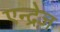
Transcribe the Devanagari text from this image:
एन्द्रेज़